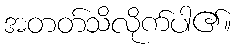
အတတ်သိလိုက်ပါ၏။